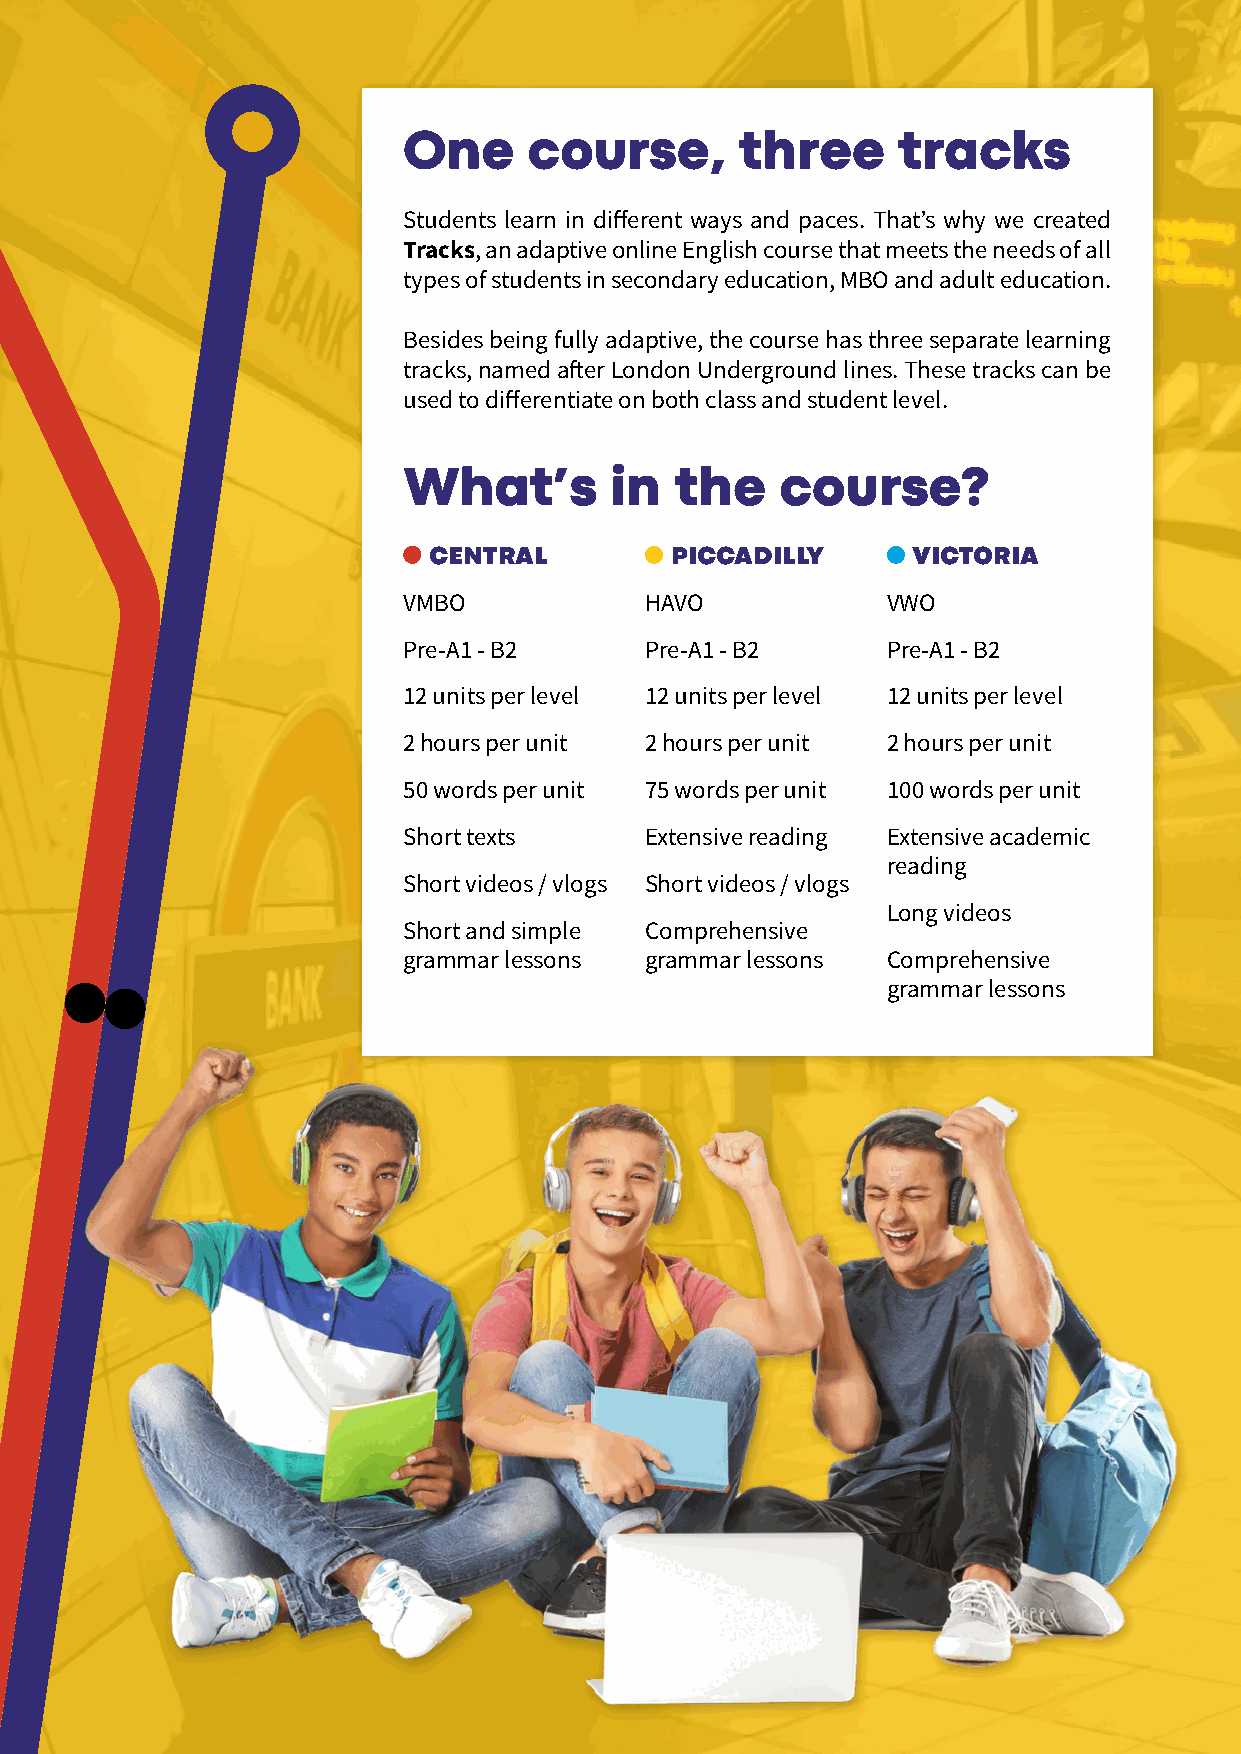
One     course,       three     tracks
 Students learn in different ways and paces. That’s why we created
 Tracks, an adaptive online English course that meets the needs of all
 types of students in secondary education, MBO and adult education.
 Besides being fully adaptive, the course has three separate learning
 tracks, named after London Underground lines. These tracks can be
 used to differentiate on both class and student level.
 What’s       in   the    course?
 central         piccadilly      victoria
 VMBO            HAVO            VWO
 Pre-A1 - B2     Pre-A1 - B2     Pre-A1 - B2
 12 units per level 12 units per level 12 units per level
 2 hours per unit 2 hours per unit 2 hours per unit
 50 words per unit 75 words per unit 100 words per unit
 Short texts     Extensive reading Extensive academic
 reading
 Short videos / vlogs Short videos / vlogs
 Long videos
 Short and simple Comprehensive
 grammar lessons grammar lessons Comprehensive
 grammar lessons